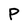
Character: P